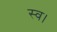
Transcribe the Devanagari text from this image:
स्‍व।